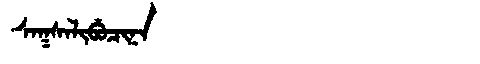
Manchu: ᠰᠠᡴᠰᠠᠯᡳᠪᡠᠴᡳᠨᠠ
Romanization: SAKSALIBUCINA